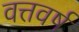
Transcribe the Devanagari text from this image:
वत्तवर्ष